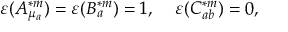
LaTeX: \varepsilon ( A _ { \mu _ { a } } ^ { \ast m } ) = \varepsilon ( B _ { a } ^ { \ast m } ) = 1 , \; \; \; \; \varepsilon ( C _ { a b } ^ { \ast m } ) = 0 ,